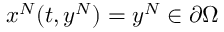
x ^ { N } ( t , y ^ { N } ) = y ^ { N } \in \partial \Omega